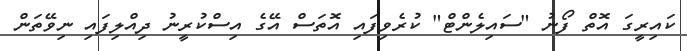
ކައިރީގަ އޮތް ފޯނު "ސައިލެންޓް" ކުރެވިފައި އޮތަސް އޭގެ އިސްކުރީނު ދިއްލިފައި ނިވޭތަން